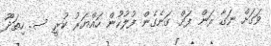
ވަގަށް ނަގާ ރަން ފަށް ގަނެގެން ފުލުހުން ހައްޔަރު ކުރީ ސ. ހިތަދޫ